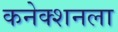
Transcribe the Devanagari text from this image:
कनेक्शनला